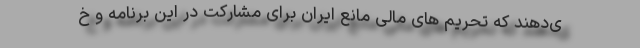
ی‌دهند که تحریم های مالی مانع ایران برای مشارکت در این برنامه و خ